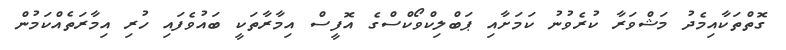
ގޮތްތަކާއިމެދު މަޝްވަރާ ކުރެވުނު ކަމަށާއި ޕަބްލިކްވޯކްސްގެ އޮފީސް އިމާރާތަކީ ބައުވެފައި ހުރި އިމާރަތެއްކަމުން